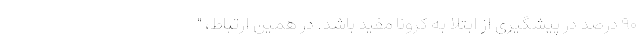
۹۰ درصد در پیشگیری از ابتلا به کرونا مفید باشد. در همین ارتباط، "